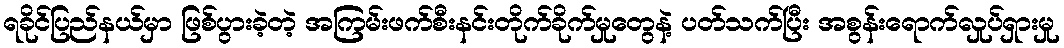
ရခိုင်ပြည်နယ်မှာ ဖြစ်ပွားခဲ့တဲ့ အကြမ်းဖက်စီးနင်းတိုက်ခိုက်မှုတွေနဲ့ ပတ်သက်ပြီး အစွန်းရောက်လှုပ်ရှားမှု